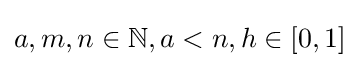
a,m,n\in \mathbb {N} ,a<n,h\in [0,1]